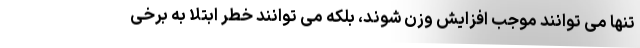
تنها می توانند موجب افزایش وزن شوند، بلکه می توانند خطر ابتلا به برخی